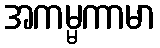
အကမ္မကာမာ